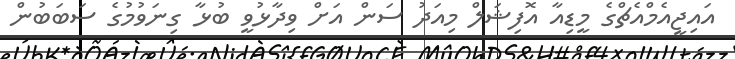
އައިޖީއެމްއެޗްގެ މީޑިއާ އޮފިޝަލް މިއަދު ސަން އަށް ވިދާޅުވީ ބުޅާ ގިނަވުމުގެ ސަބަބުން